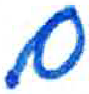
אות: ם